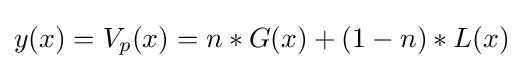
y(x)=V_{p}(x)=n*G(x)+(1-n)*L(x)